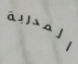
المدربة